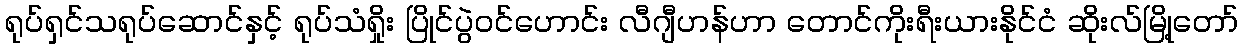
ရုပ်ရှင်သရုပ်ဆောင်နှင့် ရုပ်သံရှိုး ပြိုင်ပွဲဝင်ဟောင်း လီဂျီဟန်ဟာ တောင်ကိုးရီးယားနိုင်ငံ ဆိုးလ်မြို့တော်